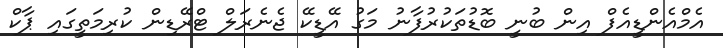
އެމްއެންޑީއެފް އިން ބުނީ ބޮޑުތަކުރުފާނު މަގު އޭޑީކޭ ޖެނެރަލް ޓްރޭޑިން ކުރިމަތީގައި ޕާކް